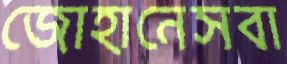
জোহানেসবা